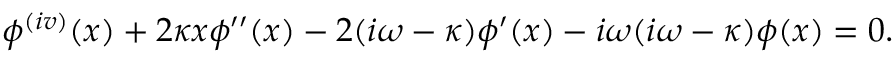
\phi ^ { ( i v ) } ( x ) + 2 \kappa x \phi ^ { \prime \prime } ( x ) - 2 ( i \omega - \kappa ) \phi ^ { \prime } ( x ) - i \omega ( i \omega - \kappa ) \phi ( x ) = 0 .